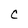
Character: C